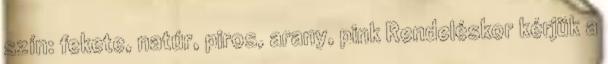
szín: fekete, natúr, piros, arany, pink Rendeléskor kérjük a